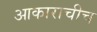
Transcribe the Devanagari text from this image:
आकाराचीच